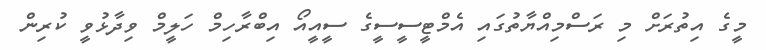
މީގެ އިތުރަަށް މި ރަސްމިއްޔާތުގައި އެމްޓީސީސީގެ ސީއީއޯ އިބްރާހިމް ހަލީމް ވިދާޅުވީ ކުރިން